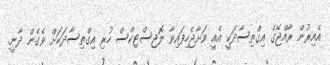
އެއިރުން ރާއްޖޭގެ އިގްތިސާދަކީ އެއީ ވަށާޖެހިފައިވާ ލޮޖިސްޓިކްސް ހުރި އިގްތިސާދަކަށް ވެގެން ދާނީ.